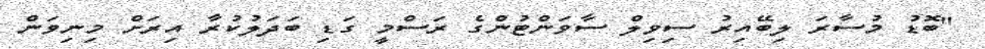
"ބޮޑު މުސާރަ ލިބޭއިރު ސިވިލް ސާވަންޓުންގެ ރަސްމީ ގަޑި ބަދަލުކުރާ އިރަށް މިނިވަން